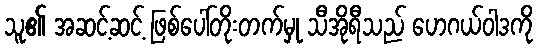
သူ၏ အဆင့်ဆင့် ဖြစ်ပေါ်တိုးတက်မှု သီအိုရီသည် ဟေဂယ်ဝါဒကို